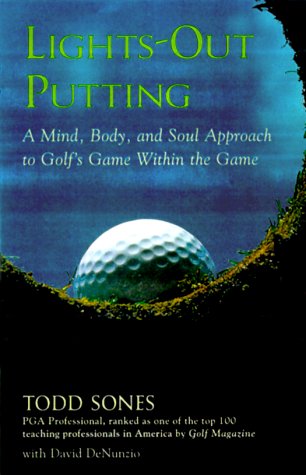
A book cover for Lights-Out Putting : A Mind, Body, and Soul Approach to Golf's Game Within the Game; Todd Sones; Sports & Outdoors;